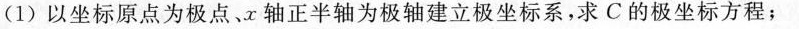
(1)以坐标原点为极点、x轴正半轴为极轴建立极坐标系，求C的极坐标方程；